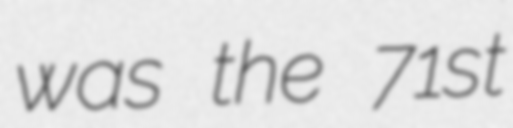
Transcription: was the 71st